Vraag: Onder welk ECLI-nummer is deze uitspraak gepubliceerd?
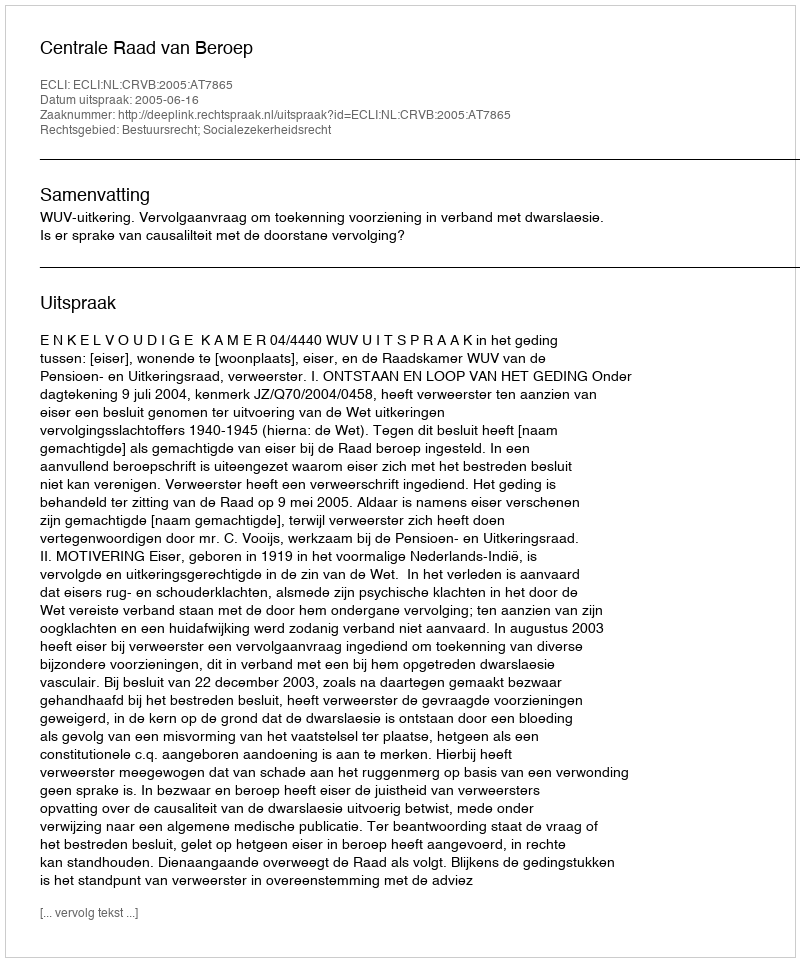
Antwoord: ECLI:NL:CRVB:2005:AT7865